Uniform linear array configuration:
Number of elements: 4
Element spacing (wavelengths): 0.25
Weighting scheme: hann
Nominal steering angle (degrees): -60
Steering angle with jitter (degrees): -60.843
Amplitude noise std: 0.05
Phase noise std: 0.05

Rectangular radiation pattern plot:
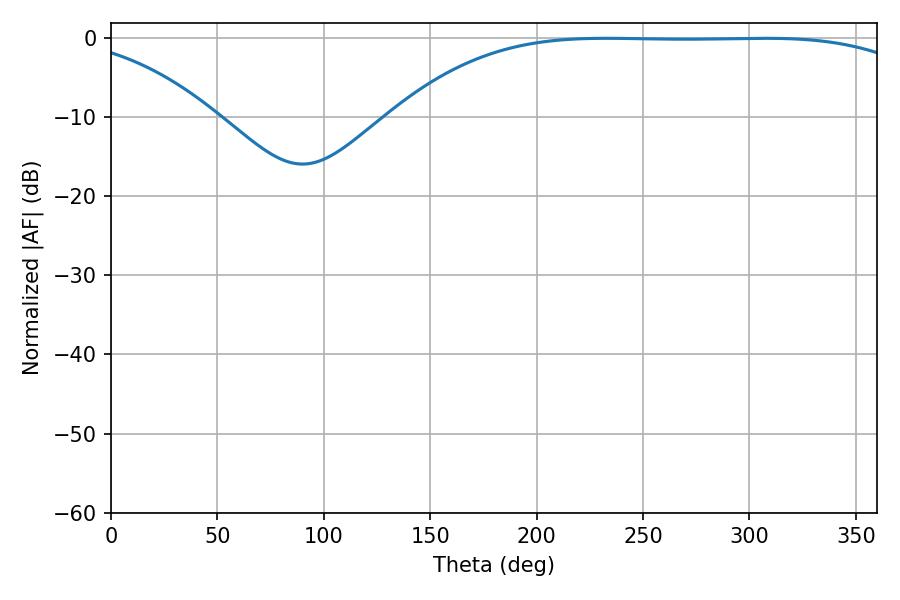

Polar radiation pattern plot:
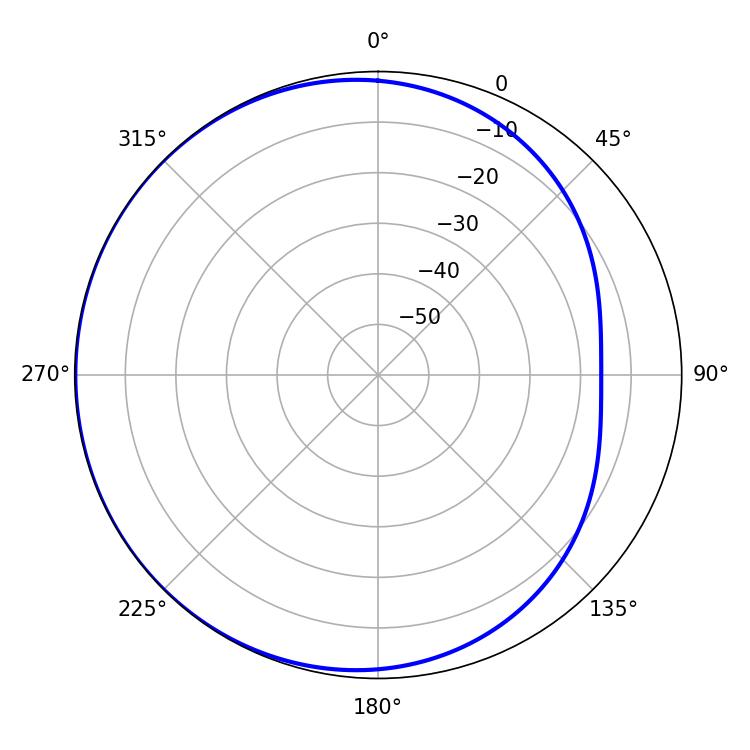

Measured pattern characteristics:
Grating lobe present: FALSE
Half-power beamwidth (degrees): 191.7
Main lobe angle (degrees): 232.92